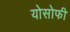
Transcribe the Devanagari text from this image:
योसोफी